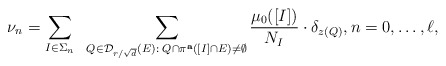
\begin{align*}\nu_n=\sum_{I\in \Sigma_{n}}\;\;\sum_{Q \in \mathcal{D}_{r/\sqrt{d}}(E):\; Q\cap \pi^{\mathbf{a}}([I]\cap E)\neq \emptyset}\frac{\mu_0([I])}{N_I}\cdot \delta_{z(Q)}, n=0,\ldots, \ell,\end{align*}